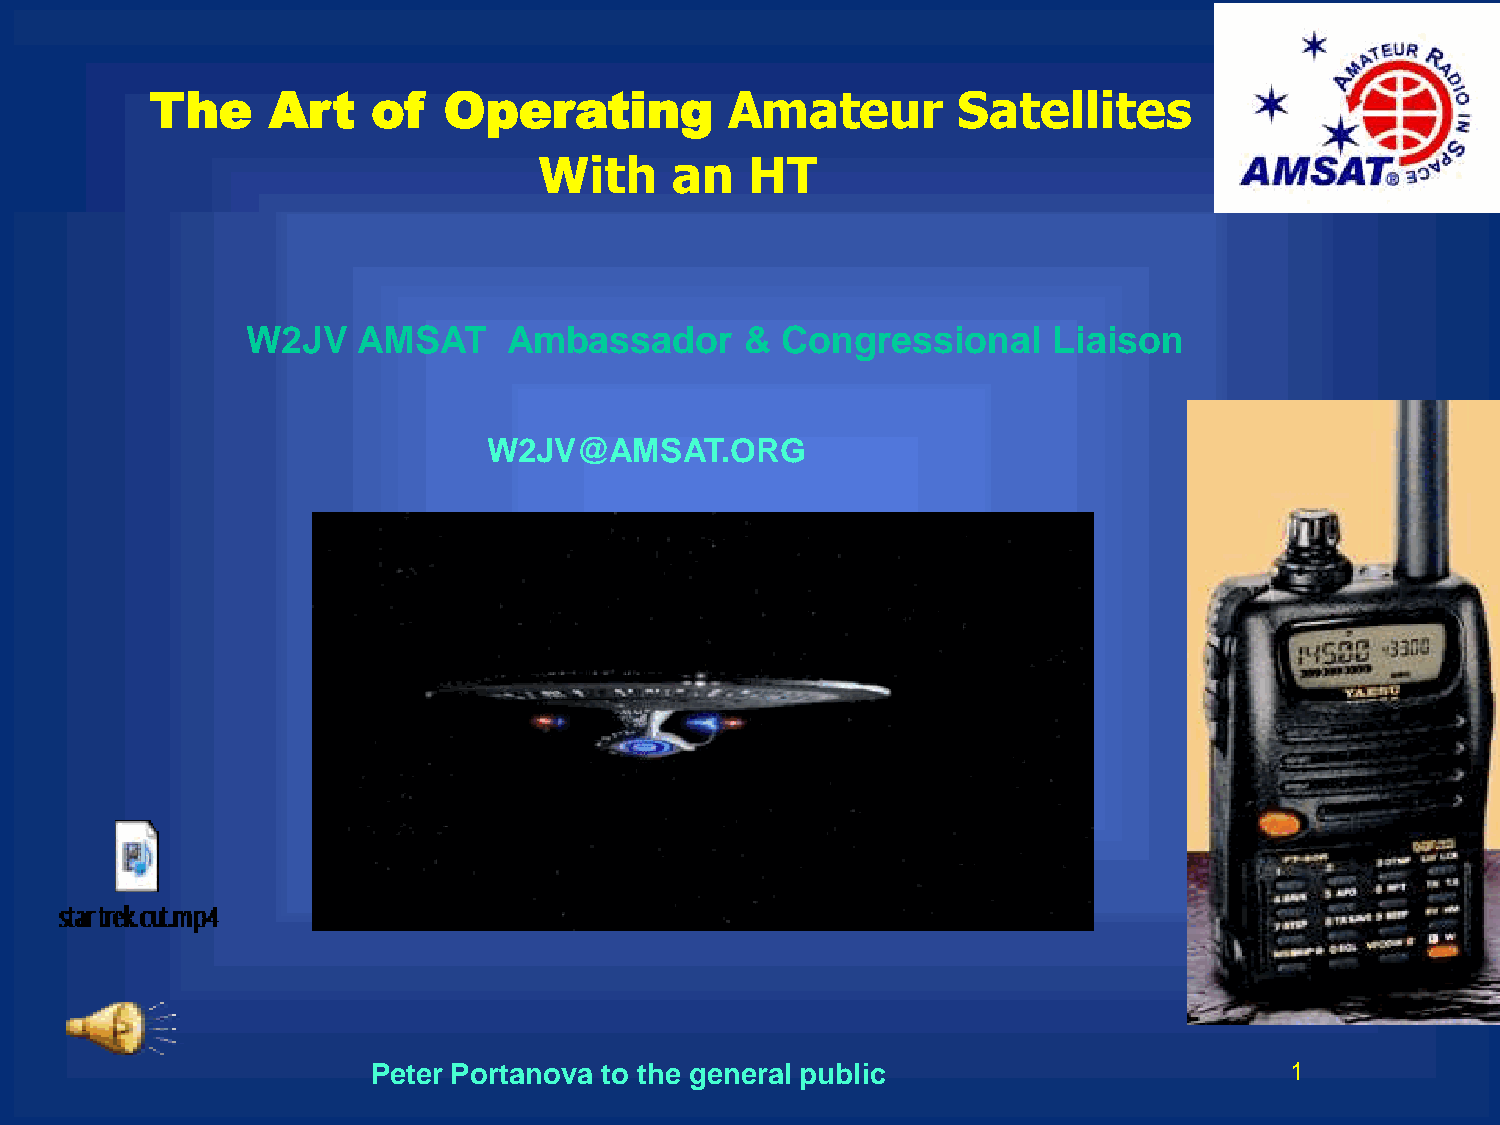
The     Art    of  Operating          Amateur        Satellites
 With    an    HT
 W2JV    AMSAT     Ambassador     &  Congressional     Liaison
 W2JV@AMSAT.ORG
 Peter Portanova to the general public                       1